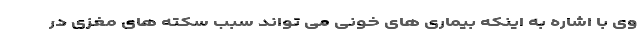
وی با اشاره به اینکه بیماری های خونی می تواند سبب سکته های مغزی در